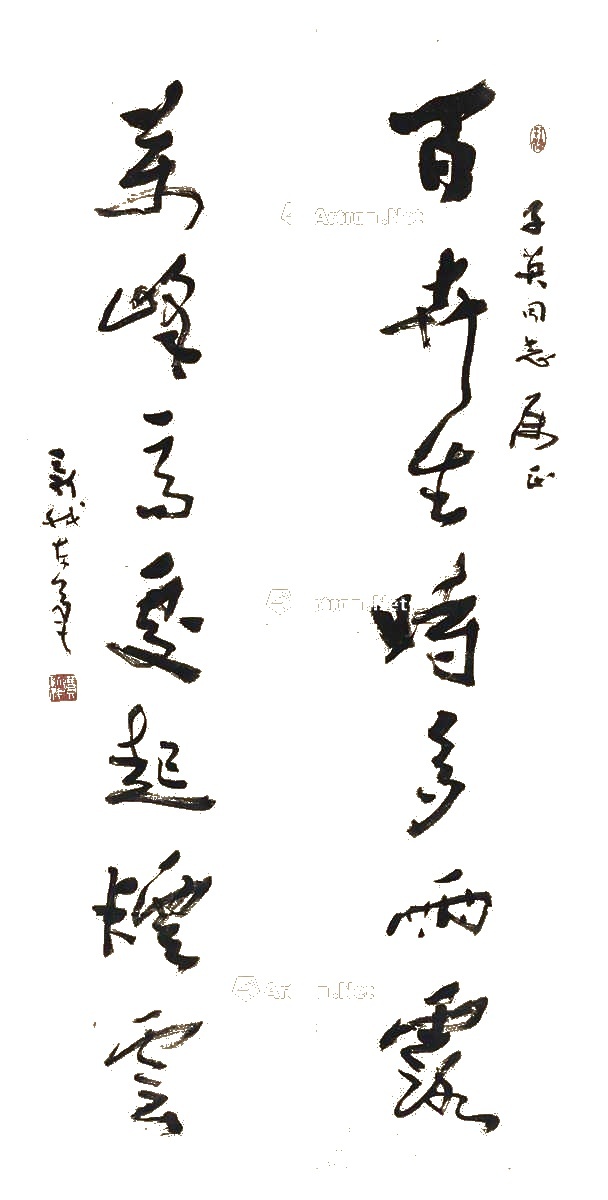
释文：百卉生时多雨露，万峰高处起烟云。子英同志属正，新我左笔。